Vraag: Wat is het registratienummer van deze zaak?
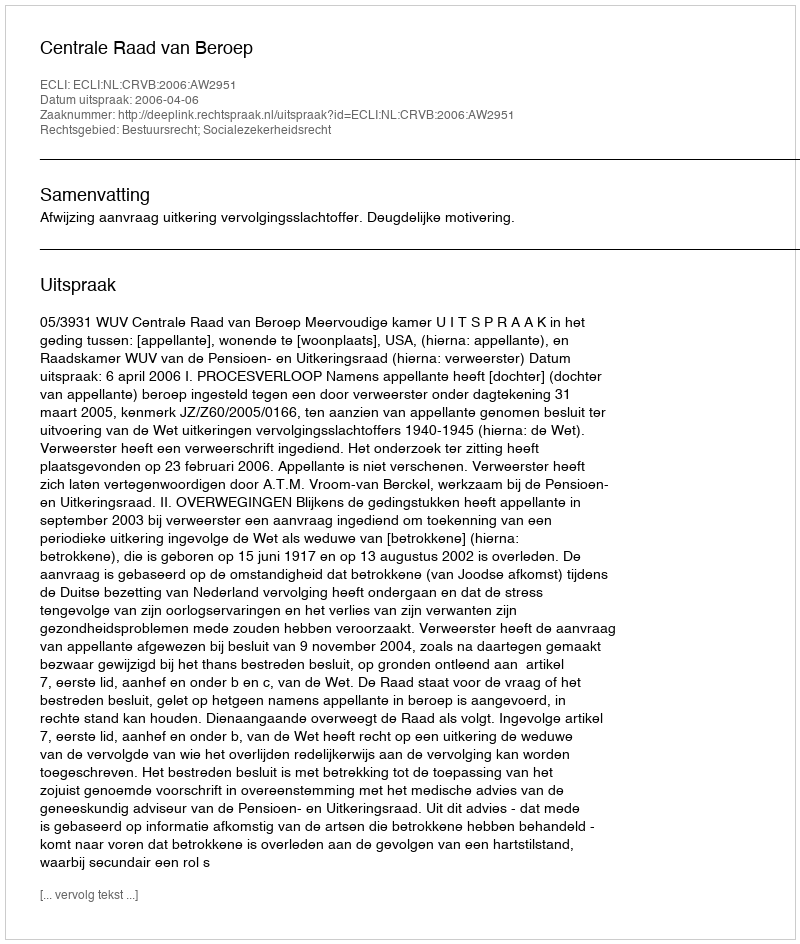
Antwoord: http://deeplink.rechtspraak.nl/uitspraak?id=ECLI:NL:CRVB:2006:AW2951